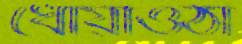
ধোঁয়াওঠা